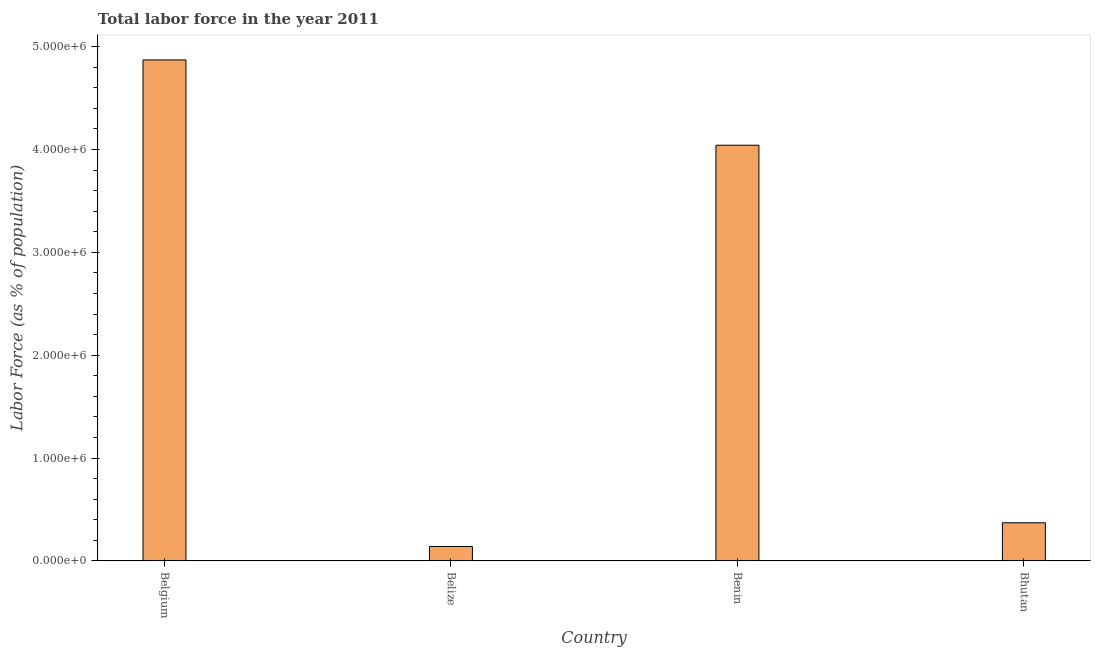
| Country | Labor force |
 | --- | --- |
 | Belgium | 4.87e+06 |
 | Belize | 1.4e+05 |
 | Benin | 4.04e+06 |
 | Bhutan | 3.71e+05 |